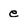
Character: e